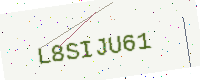
Text: L8SIJU61